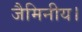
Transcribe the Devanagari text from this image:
जैमिनीय।